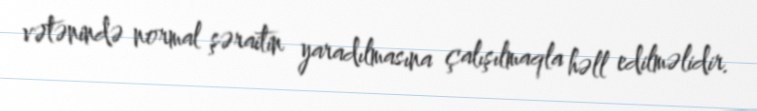
vətənində normal şəraitin yaradılmasına çalışılmaqla həll edilməlidir.